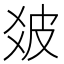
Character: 𤿓